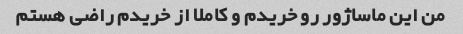
من این ماساژور رو خریدم و کاملا از خریدم راضی هستم